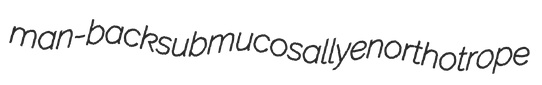
man-back submucosally enorthotrope